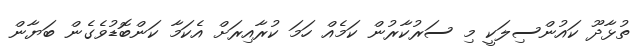
ތުޅާދޫ ކައުންސިލަކީ މި ސަރުކާރުން ކަމެއް ހަމަ ކުރާއިރަށް އެކަމާ ކަންބޮޑުވެގެން ބަޔާން